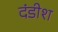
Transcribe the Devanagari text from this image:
दंडीश